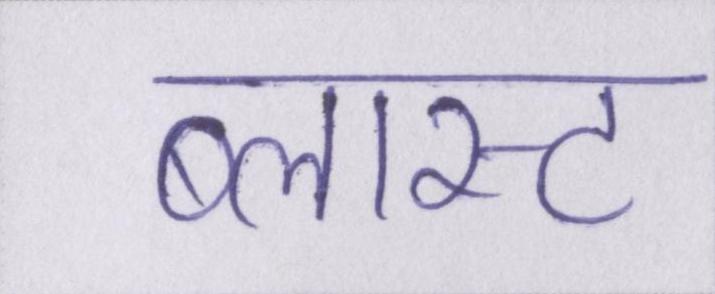
ब्लास्ट